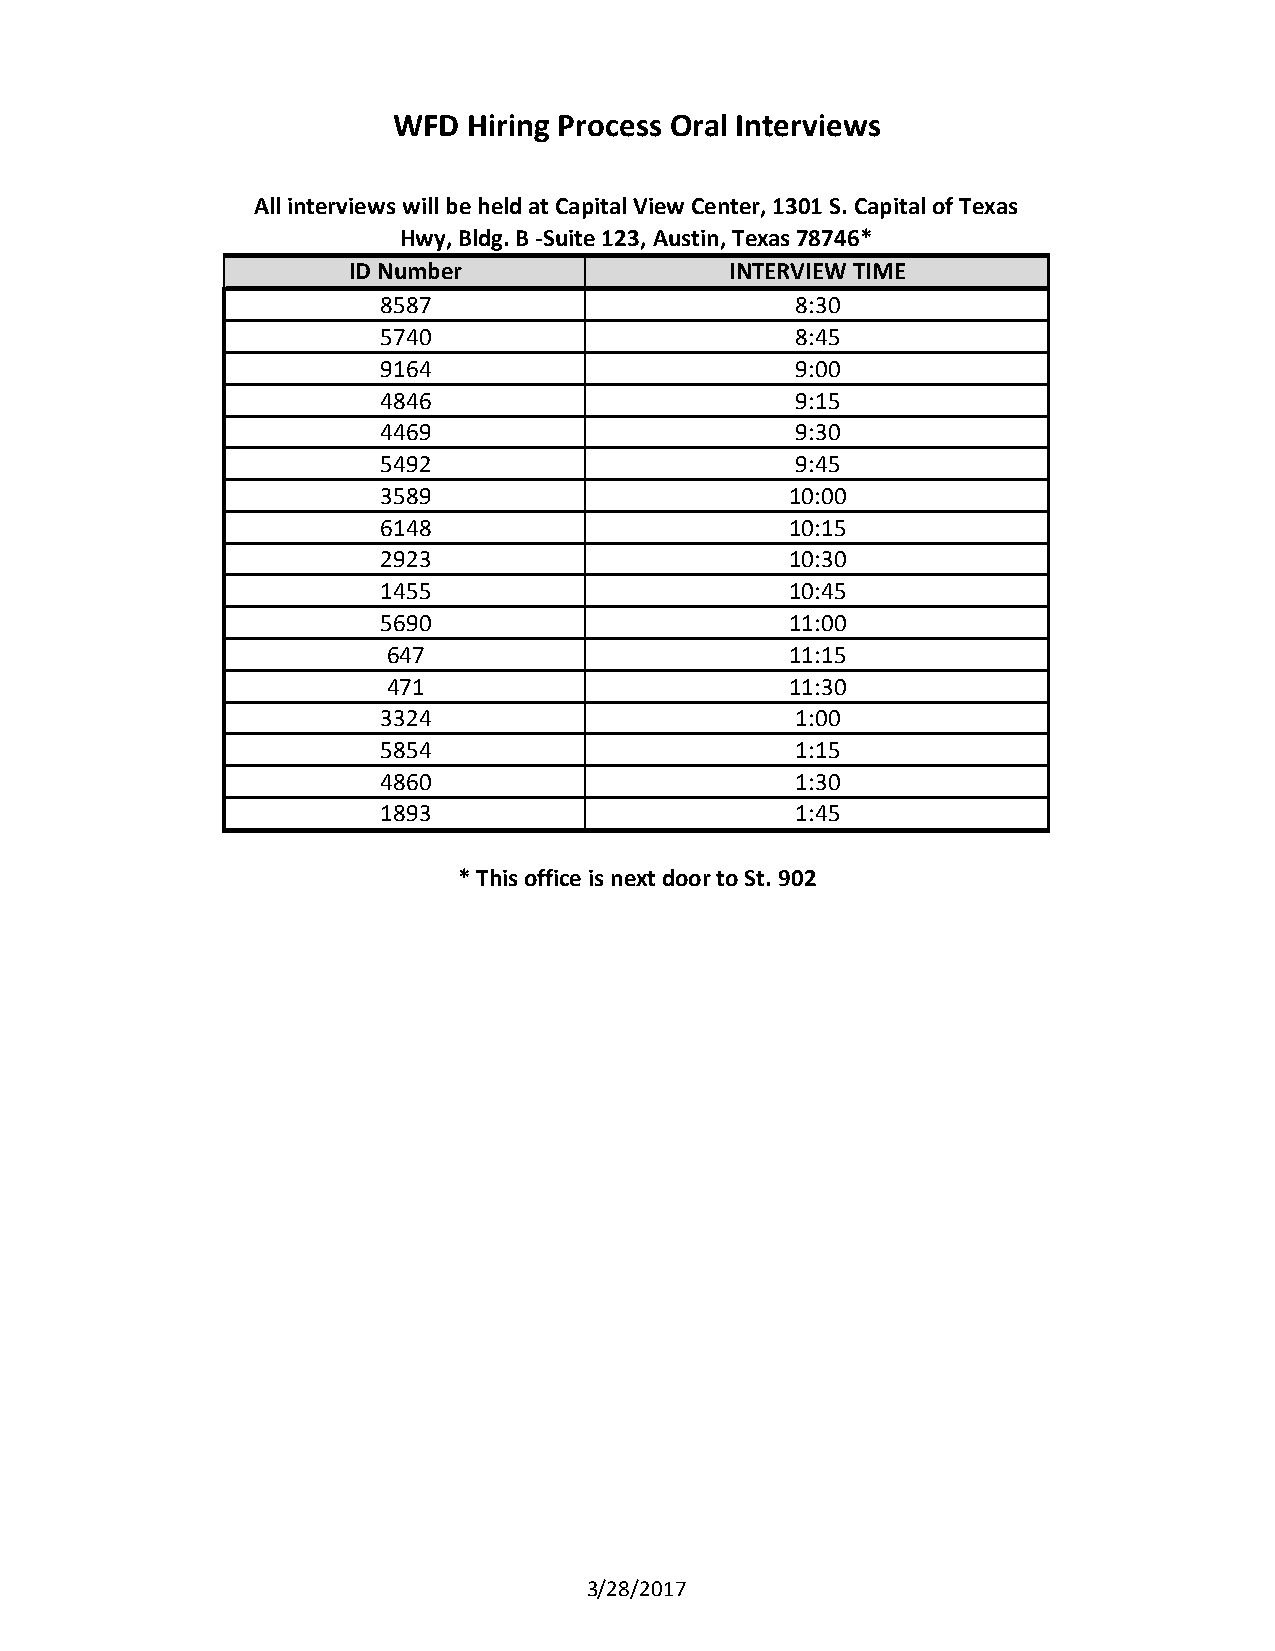
WFD  Hiring Process Oral Interviews
 All interviews will be held at Capital View Center, 1301 S. Capital of Texas
 Hwy, Bldg. B -Suite 123, Austin, Texas 78746*
 ID Number                INTERVIEW TIME
 8587                        8:30
 5740                        8:45
 9164                        9:00
 4846                        9:15
 4469                        9:30
 5492                        9:45
 3589                       10:00
 6148                       10:15
 2923                       10:30
 1455                       10:45
 5690                       11:00
 647                       11:15
 471                       11:30
 3324                        1:00
 5854                        1:15
 4860                        1:30
 1893                        1:45
 * This office is next door to St. 902
 3/28/2017